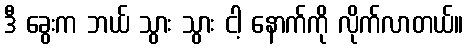
ဒီ ခွေးက ဘယ် သွား သွား ငါ့ နောက်ကို လိုက်လာတယ်။